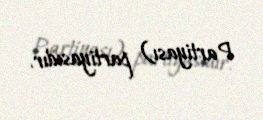
Partiyası) partiyasıdır.